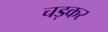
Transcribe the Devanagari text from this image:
चड़कर